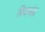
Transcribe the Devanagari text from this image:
रिवचंद्र